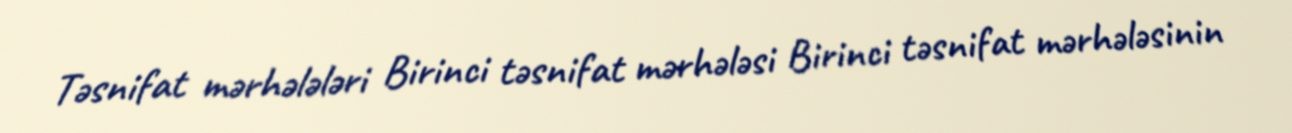
Təsnifat mərhələləri Birinci təsnifat mərhələsi Birinci təsnifat mərhələsinin